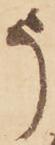
う